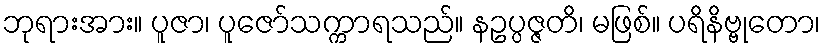
ဘုရားအား။ ပူဇာ၊ ပူဇော်သက္ကာရသည်။ နဥပ္ပဇ္ဇတိ၊ မဖြစ်။ ပရိနိဗ္ဗုတော၊